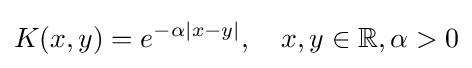
K(x,y)=e^{-\alpha |x-y|},\quad x,y\in \mathbb {R} ,\alpha >0